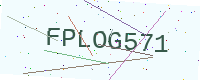
Text: FPLOG571